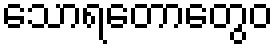
သောရတောတွေဝ